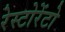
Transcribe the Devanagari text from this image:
रेस्टोरेंटो